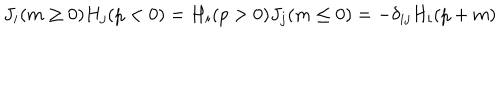
J _ { i } ( m \ge 0 ) H _ { j } ( p < 0 ) = H _ { i } ( p > 0 ) J _ { j } ( m \le 0 ) = - \delta _ { i j } H _ { i } ( p + m )